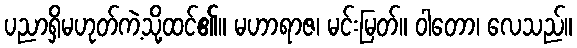
ပညာရှိမဟုတ်ကဲ့သို့ထင်၏။ မဟာရာဇ၊ မင်းမြတ်။ ဝါတော၊ လေသည်။